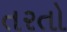
તરતો